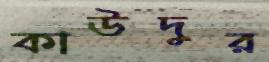
কাউদুর